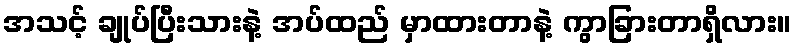
အသင့် ချုပ်ပြီးသားနဲ့ အပ်ထည် မှာထားတာနဲ့ ကွာခြားတာရှိလား။